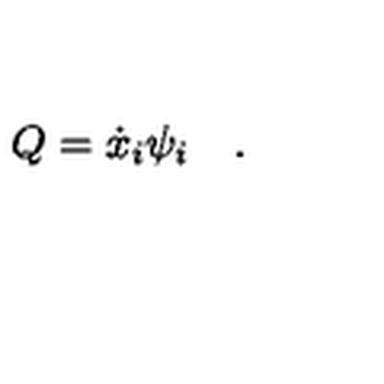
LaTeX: Q = { \dot { x } } _ { i } \psi _ { i } \quad .